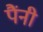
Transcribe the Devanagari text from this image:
पैंनी